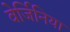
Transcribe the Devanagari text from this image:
वेर्जिनिया